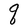
Character: q